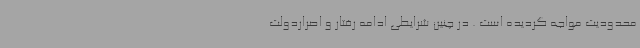
محدودیت مواجه گردیده است . در چنین شرایطی ادامه رفتار و اصراردولت